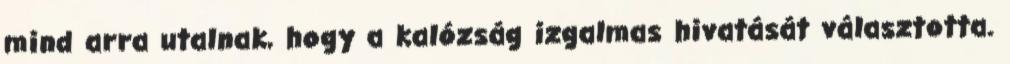
mind arra utalnak, hogy a kalózság izgalmas hivatását választotta.